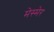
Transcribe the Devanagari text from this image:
मेस्मेर